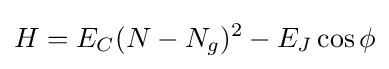
H=E_{C}(N-N_{g})^{2}-E_{J}\cos \phi